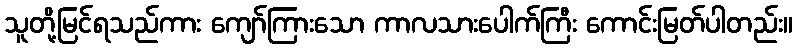
သူတို့မြင်ရသည်ကား ကျော်ကြားသော ကာလသားပေါက်ကြီး ကောင်းမြတ်ပါတည်း။